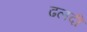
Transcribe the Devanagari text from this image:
ढलदी